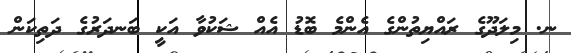
ނ. މިލަދޫގެ ރައްޔިތުންގެ އެންމެ ބޮޑު އެއް ޝަކުވާ އަކީ ބަނދަރުގެ ދަތިކަން